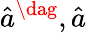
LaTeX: \hat{a}^{\dag},\hat{a}